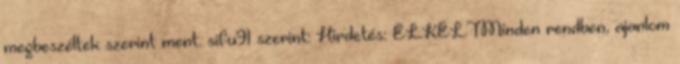
megbeszéltek szerint ment. sifu91 szerint: Hirdetés: ELKELTMinden rendben, ajanlom